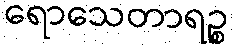
ရောသေတာရဉ္စ